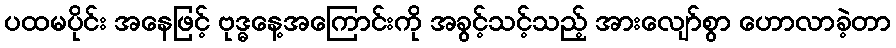
ပထမပိုင်း အနေဖြင့် ဗုဒ္ဓနေ့အကြောင်းကို အခွင့်သင့်သည့် အားလျော်စွာ ဟောလာခဲ့တာ